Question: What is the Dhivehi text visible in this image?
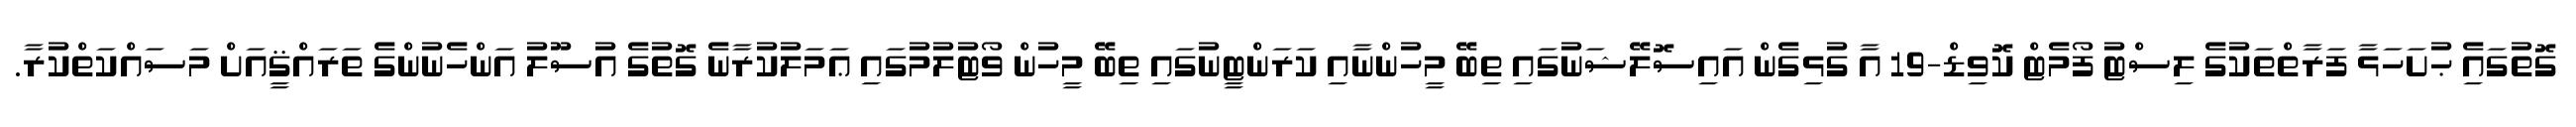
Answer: ގޮތުގައެި ޙުށަހަޅާ ފަރާތްތަކުގެ ލިސްޓު ފޯމެޓް ކޮވިޑް-19 އާ ގުޅިގެން އައިސޮލޭޝަނުގައި ތިބޭ މީހުންނާއި ކަރަންޓީނުގައި ތިބޭ މީހުން ވޯޓުލުމުގައި ޢަމަލުކުރާނެ ގޮތުގެ އުސޫލު އަންހެނުންގެ ތަރައްޤީއަށް މަސައްކަތްކުރާ.